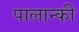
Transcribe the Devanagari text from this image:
पालान्की